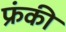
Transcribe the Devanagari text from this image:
फ्रंकी